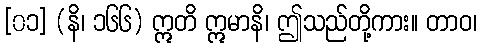
[၀၁] (နိ၊ ၁၆၆) ဣတိ ဣမာနိ၊ ဤသည်တို့ကား။ တာဝ၊